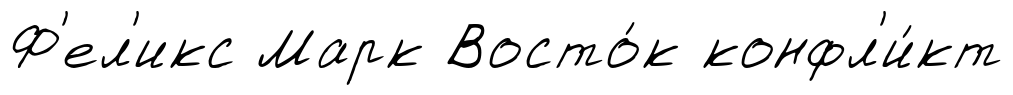
Ф'ел'икс Марк Восто́к конфл'и́кт